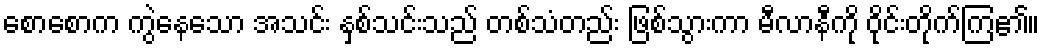
စောစောက ကွဲနေသော အသင်း နှစ်သင်းသည် တစ်သံတည်း ဖြစ်သွားကာ မီလာနီကို ဝိုင်းတိုက်ကြ၏။